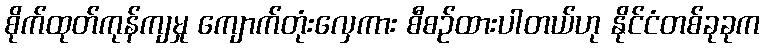
စိုက်ထုတ်ကုန်ကျမှု ကျောက်တုံးလှေကား စီစဉ်ထားပါတယ်ဟု နိုင်ငံတစ်ခုခုက